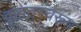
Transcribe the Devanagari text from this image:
दृष्टांतस्वरूप